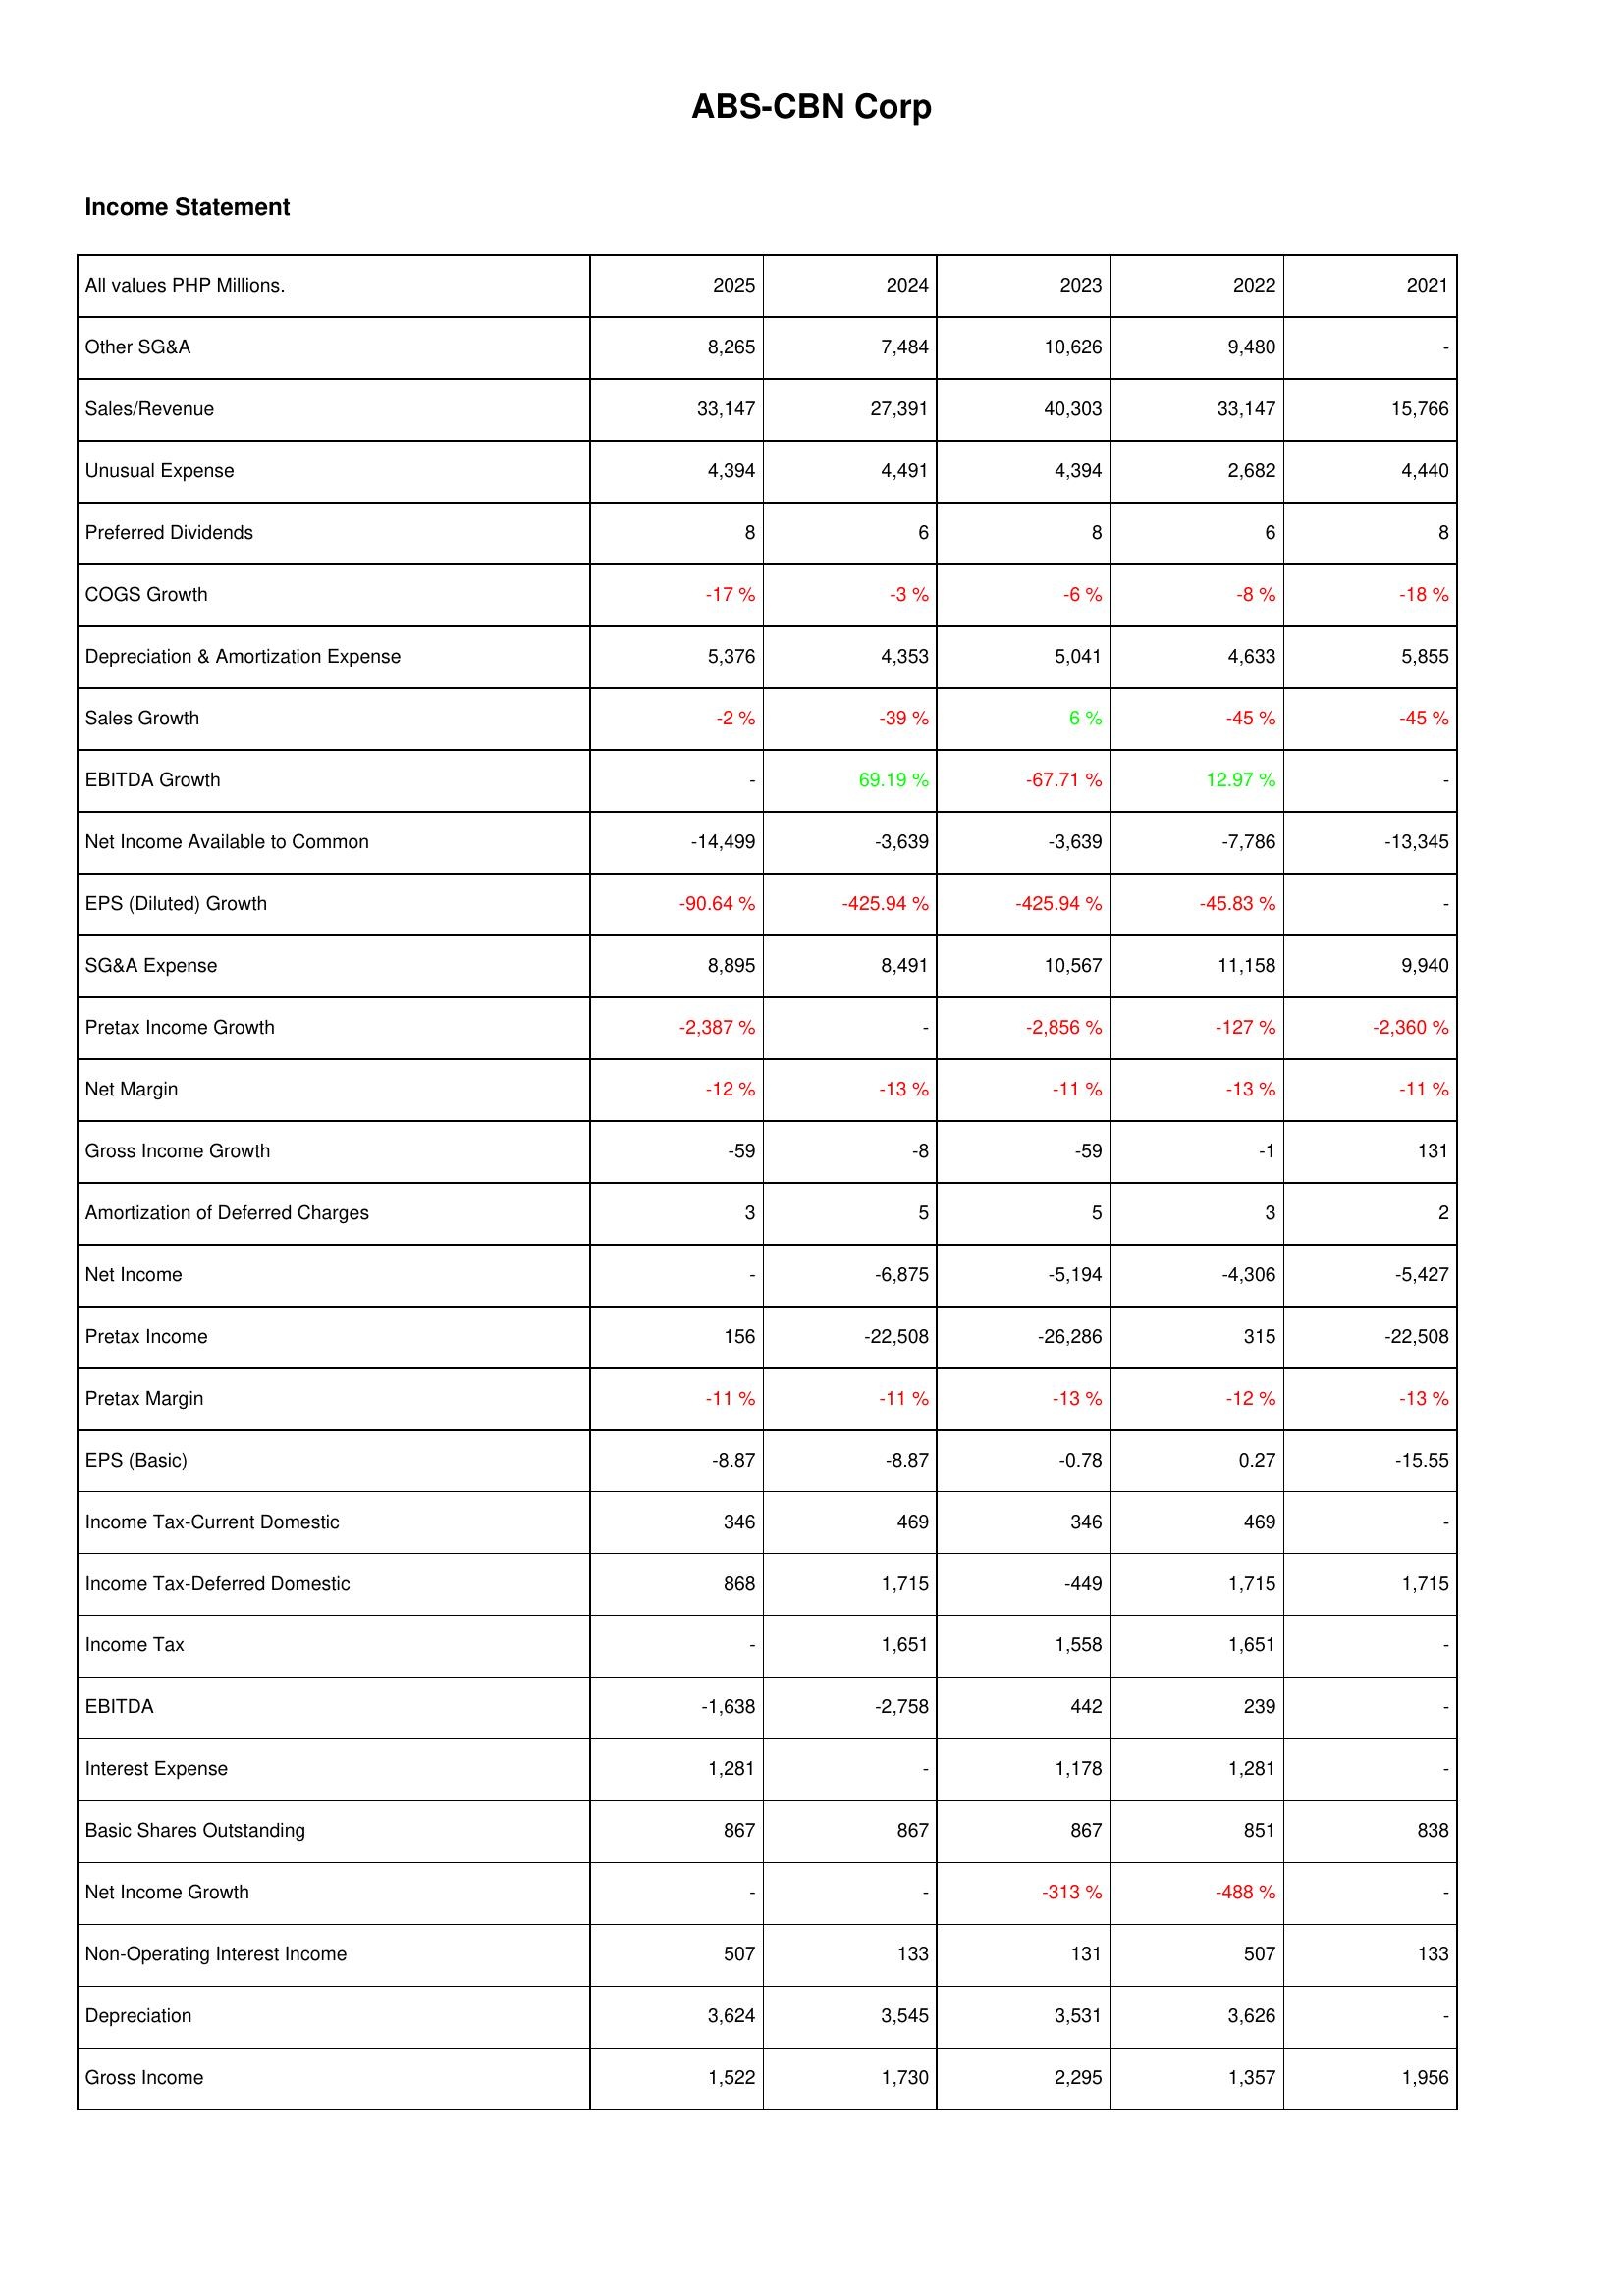
2025: Income Statement: Other SG&A: 8,265
Sales/Revenue: 33,147
Unusual Expense: 4,394
Preferred Dividends: 8
COGS Growth: -17 %
Depreciation & Amortization Expense: 5,376
Sales Growth: -2 %
EBITDA Growth: -
Net Income Available to Common: -14,499
EPS (Diluted) Growth: -90.64 %
SG&A Expense: 8,895
Pretax Income Growth: -2,387 %
Net Margin: -12 %
Gross Income Growth: -59
Amortization of Deferred Charges: 3
Net Income: -
Pretax Income: 156
Pretax Margin: -11 %
EPS (Basic): -8.87
Income Tax-Current Domestic: 346
Income Tax-Deferred Domestic: 868
Income Tax: -
EBITDA: -1,638
Interest Expense: 1,281
Basic Shares Outstanding: 867
Net Income Growth: -
Non-Operating Interest Income: 507
Depreciation: 3,624
Gross Income: 1,522
2024: Income Statement: Other SG&A: 7,484
Sales/Revenue: 27,391
Unusual Expense: 4,491
Preferred Dividends: 6
COGS Growth: -3 %
Depreciation & Amortization Expense: 4,353
Sales Growth: -39 %
EBITDA Growth: 69.19 %
Net Income Available to Common: -3,639
EPS (Diluted) Growth: -425.94 %
SG&A Expense: 8,491
Pretax Income Growth: -
Net Margin: -13 %
Gross Income Growth: -8
Amortization of Deferred Charges: 5
Net Income: -6,875
Pretax Income: -22,508
Pretax Margin: -11 %
EPS (Basic): -8.87
Income Tax-Current Domestic: 469
Income Tax-Deferred Domestic: 1,715
Income Tax: 1,651
EBITDA: -2,758
Interest Expense: -
Basic Shares Outstanding: 867
Net Income Growth: -
Non-Operating Interest Income: 133
Depreciation: 3,545
Gross Income: 1,730
2023: Income Statement: Other SG&A: 10,626
Sales/Revenue: 40,303
Unusual Expense: 4,394
Preferred Dividends: 8
COGS Growth: -6 %
Depreciation & Amortization Expense: 5,041
Sales Growth: 6 %
EBITDA Growth: -67.71 %
Net Income Available to Common: -3,639
EPS (Diluted) Growth: -425.94 %
SG&A Expense: 10,567
Pretax Income Growth: -2,856 %
Net Margin: -11 %
Gross Income Growth: -59
Amortization of Deferred Charges: 5
Net Income: -5,194
Pretax Income: -26,286
Pretax Margin: -13 %
EPS (Basic): -0.78
Income Tax-Current Domestic: 346
Income Tax-Deferred Domestic: -449
Income Tax: 1,558
EBITDA: 442
Interest Expense: 1,178
Basic Shares Outstanding: 867
Net Income Growth: -313 %
Non-Operating Interest Income: 131
Depreciation: 3,531
Gross Income: 2,295
2022: Income Statement: Other SG&A: 9,480
Sales/Revenue: 33,147
Unusual Expense: 2,682
Preferred Dividends: 6
COGS Growth: -8 %
Depreciation & Amortization Expense: 4,633
Sales Growth: -45 %
EBITDA Growth: 12.97 %
Net Income Available to Common: -7,786
EPS (Diluted) Growth: -45.83 %
SG&A Expense: 11,158
Pretax Income Growth: -127 %
Net Margin: -13 %
Gross Income Growth: -1
Amortization of Deferred Charges: 3
Net Income: -4,306
Pretax Income: 315
Pretax Margin: -12 %
EPS (Basic): 0.27
Income Tax-Current Domestic: 469
Income Tax-Deferred Domestic: 1,715
Income Tax: 1,651
EBITDA: 239
Interest Expense: 1,281
Basic Shares Outstanding: 851
Net Income Growth: -488 %
Non-Operating Interest Income: 507
Depreciation: 3,626
Gross Income: 1,357
2021: Income Statement: Other SG&A: -
Sales/Revenue: 15,766
Unusual Expense: 4,440
Preferred Dividends: 8
COGS Growth: -18 %
Depreciation & Amortization Expense: 5,855
Sales Growth: -45 %
EBITDA Growth: -
Net Income Available to Common: -13,345
EPS (Diluted) Growth: -
SG&A Expense: 9,940
Pretax Income Growth: -2,360 %
Net Margin: -11 %
Gross Income Growth: 131
Amortization of Deferred Charges: 2
Net Income: -5,427
Pretax Income: -22,508
Pretax Margin: -13 %
EPS (Basic): -15.55
Income Tax-Current Domestic: -
Income Tax-Deferred Domestic: 1,715
Income Tax: -
EBITDA: -
Interest Expense: -
Basic Shares Outstanding: 838
Net Income Growth: -
Non-Operating Interest Income: 133
Depreciation: -
Gross Income: 1,956